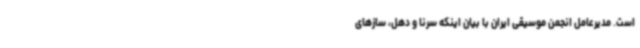
است. مدیرعامل انجمن موسیقی ایران با بیان اینکه سرنا و دهل، سازهای